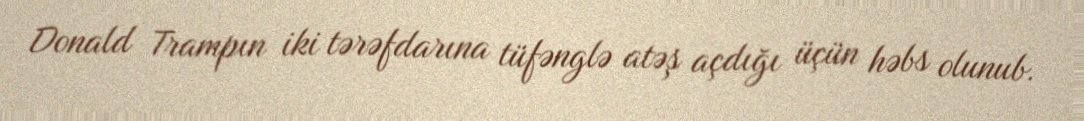
Donald Trampın iki tərəfdarına tüfənglə atəş açdığı üçün həbs olunub.